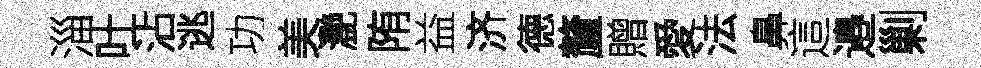
淄吐沾逃功美灧陏益济德釐贈愛法鼻這邉剿